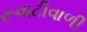
રૂવાટીવાળી